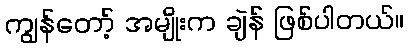
ကျွန်တော့် အမျိုးက ချဲန် ဖြစ်ပါတယ်။